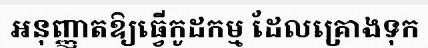
អនុញ្ញាតឱ្យធ្វើកូដកម្ម ដែលគ្រោងទុក